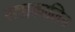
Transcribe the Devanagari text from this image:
सद्यकालिन